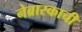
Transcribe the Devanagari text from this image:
नेब्रास्काची